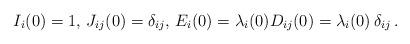
LaTeX: \begin{align*}I_i (0) = 1 , \, J_{ij} (0) = \delta_{ij} , \, E_i (0) = \lambda_i (0) {} D_{ij} (0) = \lambda_i (0) \, \delta_{ij} \, .\end{align*}